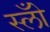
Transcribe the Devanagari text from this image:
स्लोँ